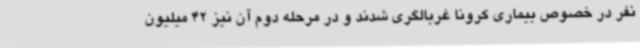
نفر در خصوص بیماری کرونا غربالگری شدند و در مرحله دوم آن نیز 42 میلیون